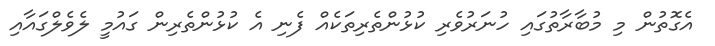
އެގޮތުން މި މުބާރާތުގައި ހުނަރުވެރި ކުޅުންތެރިތަކެއް ފެނި އެ ކުޅުންތެރިން ގައުމީ ލެވެލްގައާއި